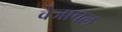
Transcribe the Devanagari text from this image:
वेजाचल